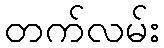
တက်လမ်း